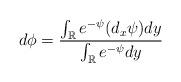
LaTeX: \begin{align*}d \phi = \frac{\int_{\mathbb R} e^{-\psi} (d_x {\psi}) dy}{\int_{\mathbb R} e^{-\psi} dy}\end{align*}